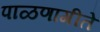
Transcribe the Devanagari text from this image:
पाळणागीते